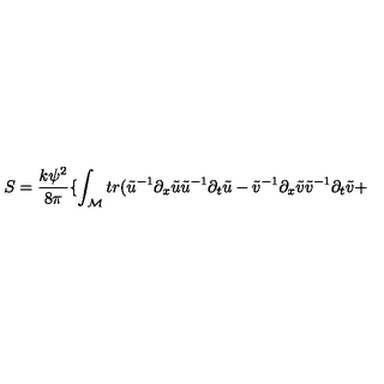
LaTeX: S = \frac { k \psi ^ { 2 } } { 8 \pi } \{ \int _ { \cal M } t r ( \tilde { u } ^ { - 1 } \partial _ { x } \tilde { u } \tilde { u } ^ { - 1 } \partial _ { t } \tilde { u } - \tilde { v } ^ { - 1 } \partial _ { x } \tilde { v } \tilde { v } ^ { - 1 } \partial _ { t } \tilde { v } +